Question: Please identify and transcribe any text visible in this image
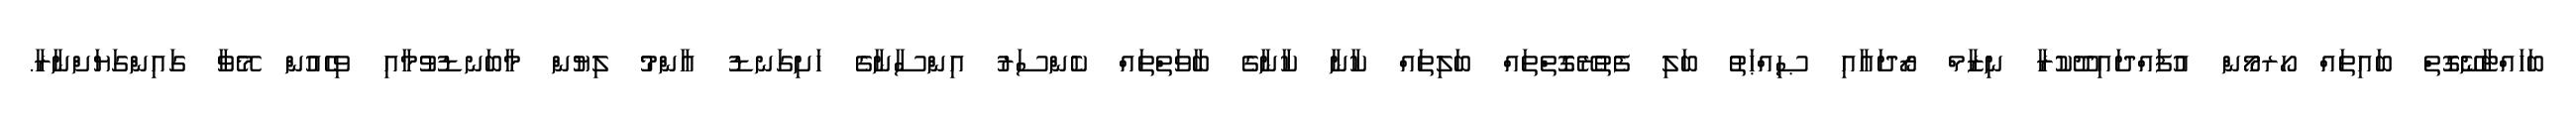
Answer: ބަހައްޓާނޭގޮތް ބައިތައް ހޯރމޯން އުފައްދައިދޫކުރާ ނިޒާމް ރޯދައާއި ޞިއްޙަތު ބަލި ފެތުރޭގޮތްތައް ބަލިތައް ކާނާ ކާނާގެ ބާވަތްތައް ކެންސަރު އިންސާނާގެ ހަށިގަނޑު ޢާންމު ލިޔުން މާބަނޑުވުމާއި ވިހެއުން މޭވާ ގައިންގަޔަށްނާރާ.